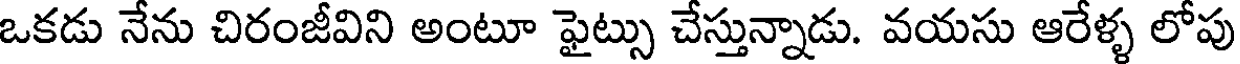
ఒకడు నేను చిరంజీవిని అంటూ ఫైట్సు చేస్తున్నాడు. వయసు ఆరేళ్ళ లోపు